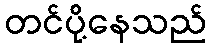
တင်ပို့နေသည်